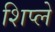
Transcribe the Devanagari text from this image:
शिप्ले